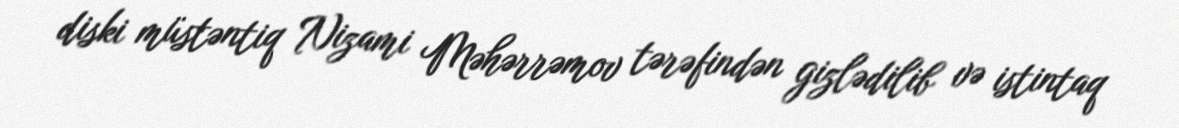
diski müstəntiq Nizami Məhərrəmov tərəfindən gizlədilib və istintaq